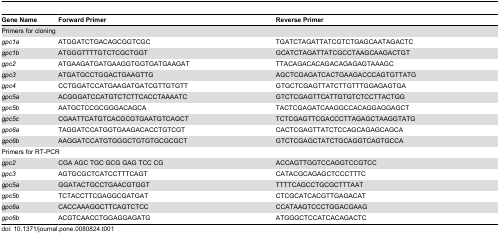
<table><thead><tr><td><b>Gene Name</b></td><td><b>Forward Primer</b></td><td><b>Reverse Primer</b></td></tr></thead><tbody><tr><td colspan="3">Primers for cloning </td></tr><tr><td><i>gpc1a</i></td><td>ATGGATCTGACAGCGGTCGC</td><td>TGATCTAGATTATCGTCTGAGCAATAGACTC</td></tr><tr><td><i>gpc1b</i></td><td>ATGGGTTTTGTCTCGCTGGT</td><td>GCATCTAGATTATCGCCTAAGCAAGACTGT</td></tr><tr><td><i>gpc2</i></td><td>ATGAAGATGATGAAGGTGGTGATGAAGAT</td><td>TTACAGACACAGACAGAGAGTAAAGC</td></tr><tr><td><i>gpc3</i></td><td>ATGATGCCTGGACTGAAGTTG</td><td>AGCTCGAGATCACTGAAGACCCAGTGTTATG</td></tr><tr><td><i>gpc4</i></td><td>CCTGGATCCATGAAGATGATCGTTGTGTT</td><td>GTGCTCGAGTTATCTTGTTTGGAGAGTGA</td></tr><tr><td><i>gpc5a</i></td><td>ACGGGATCCATGTCTCTTCACCTAAAATC</td><td>GTCTCGAGTTCATTGTGTCTCCTTACTGG</td></tr><tr><td><i>gpc5b</i></td><td>AATGCTCCGCGGGACAGCA</td><td>TACTCGAGATCAAGGCCACAGGAGGAGCT</td></tr><tr><td><i>gpc5c</i></td><td>CGAATTCATGTCACGCGTGAATGTCAGCT</td><td>TCTCGAGTTCGACCCTTAGAGCTAAGGTATG</td></tr><tr><td><i>gpc6a</i></td><td>TAGGATCCATGGTGAAGACACCTGTCGT</td><td>CACTCGAGTTATCTCCAGCAGAGCAGCA</td></tr><tr><td><i>gpc6b</i></td><td>AAGGATCCATGTGGGCTGTGTGCGCGCT</td><td>GTCTCGAGCTATCTGCAGGTCAGTGCCA</td></tr><tr><td colspan="3">Primers for RT-PCR</td></tr><tr><td><i>gpc2</i></td><td>CGA AGC TGC GCG GAG TCC CG</td><td>ACCAGTTGGTCCAGGTCCGTCC</td></tr><tr><td><i>gpc3</i></td><td>AGTGCGCTCATCCTTTCAGT</td><td>CATACGCAGAGCTCCCTTTC</td></tr><tr><td><i>gpc5a</i></td><td>GGATACTGCCTGAACGTGGT</td><td>TTTTCAGCCTGCGCTTTAAT</td></tr><tr><td><i>gpc5b</i></td><td>TCTACCTTCGAGGCGATGAT</td><td>CTCGCATCACGTTGAGACAT</td></tr><tr><td><i>gpc6a</i></td><td>CACCAAAGGCTTCAGTCTCC</td><td>CCATAAGTCCCTGGACGAAG</td></tr><tr><td><i>gpc6b</i></td><td>ACGTCAACCTGGAGGAGATG</td><td>ATGGGCTCCATCACAGACTC</td></tr></tbody></table>